Leningradi_Edasi_toimetus, lk 106
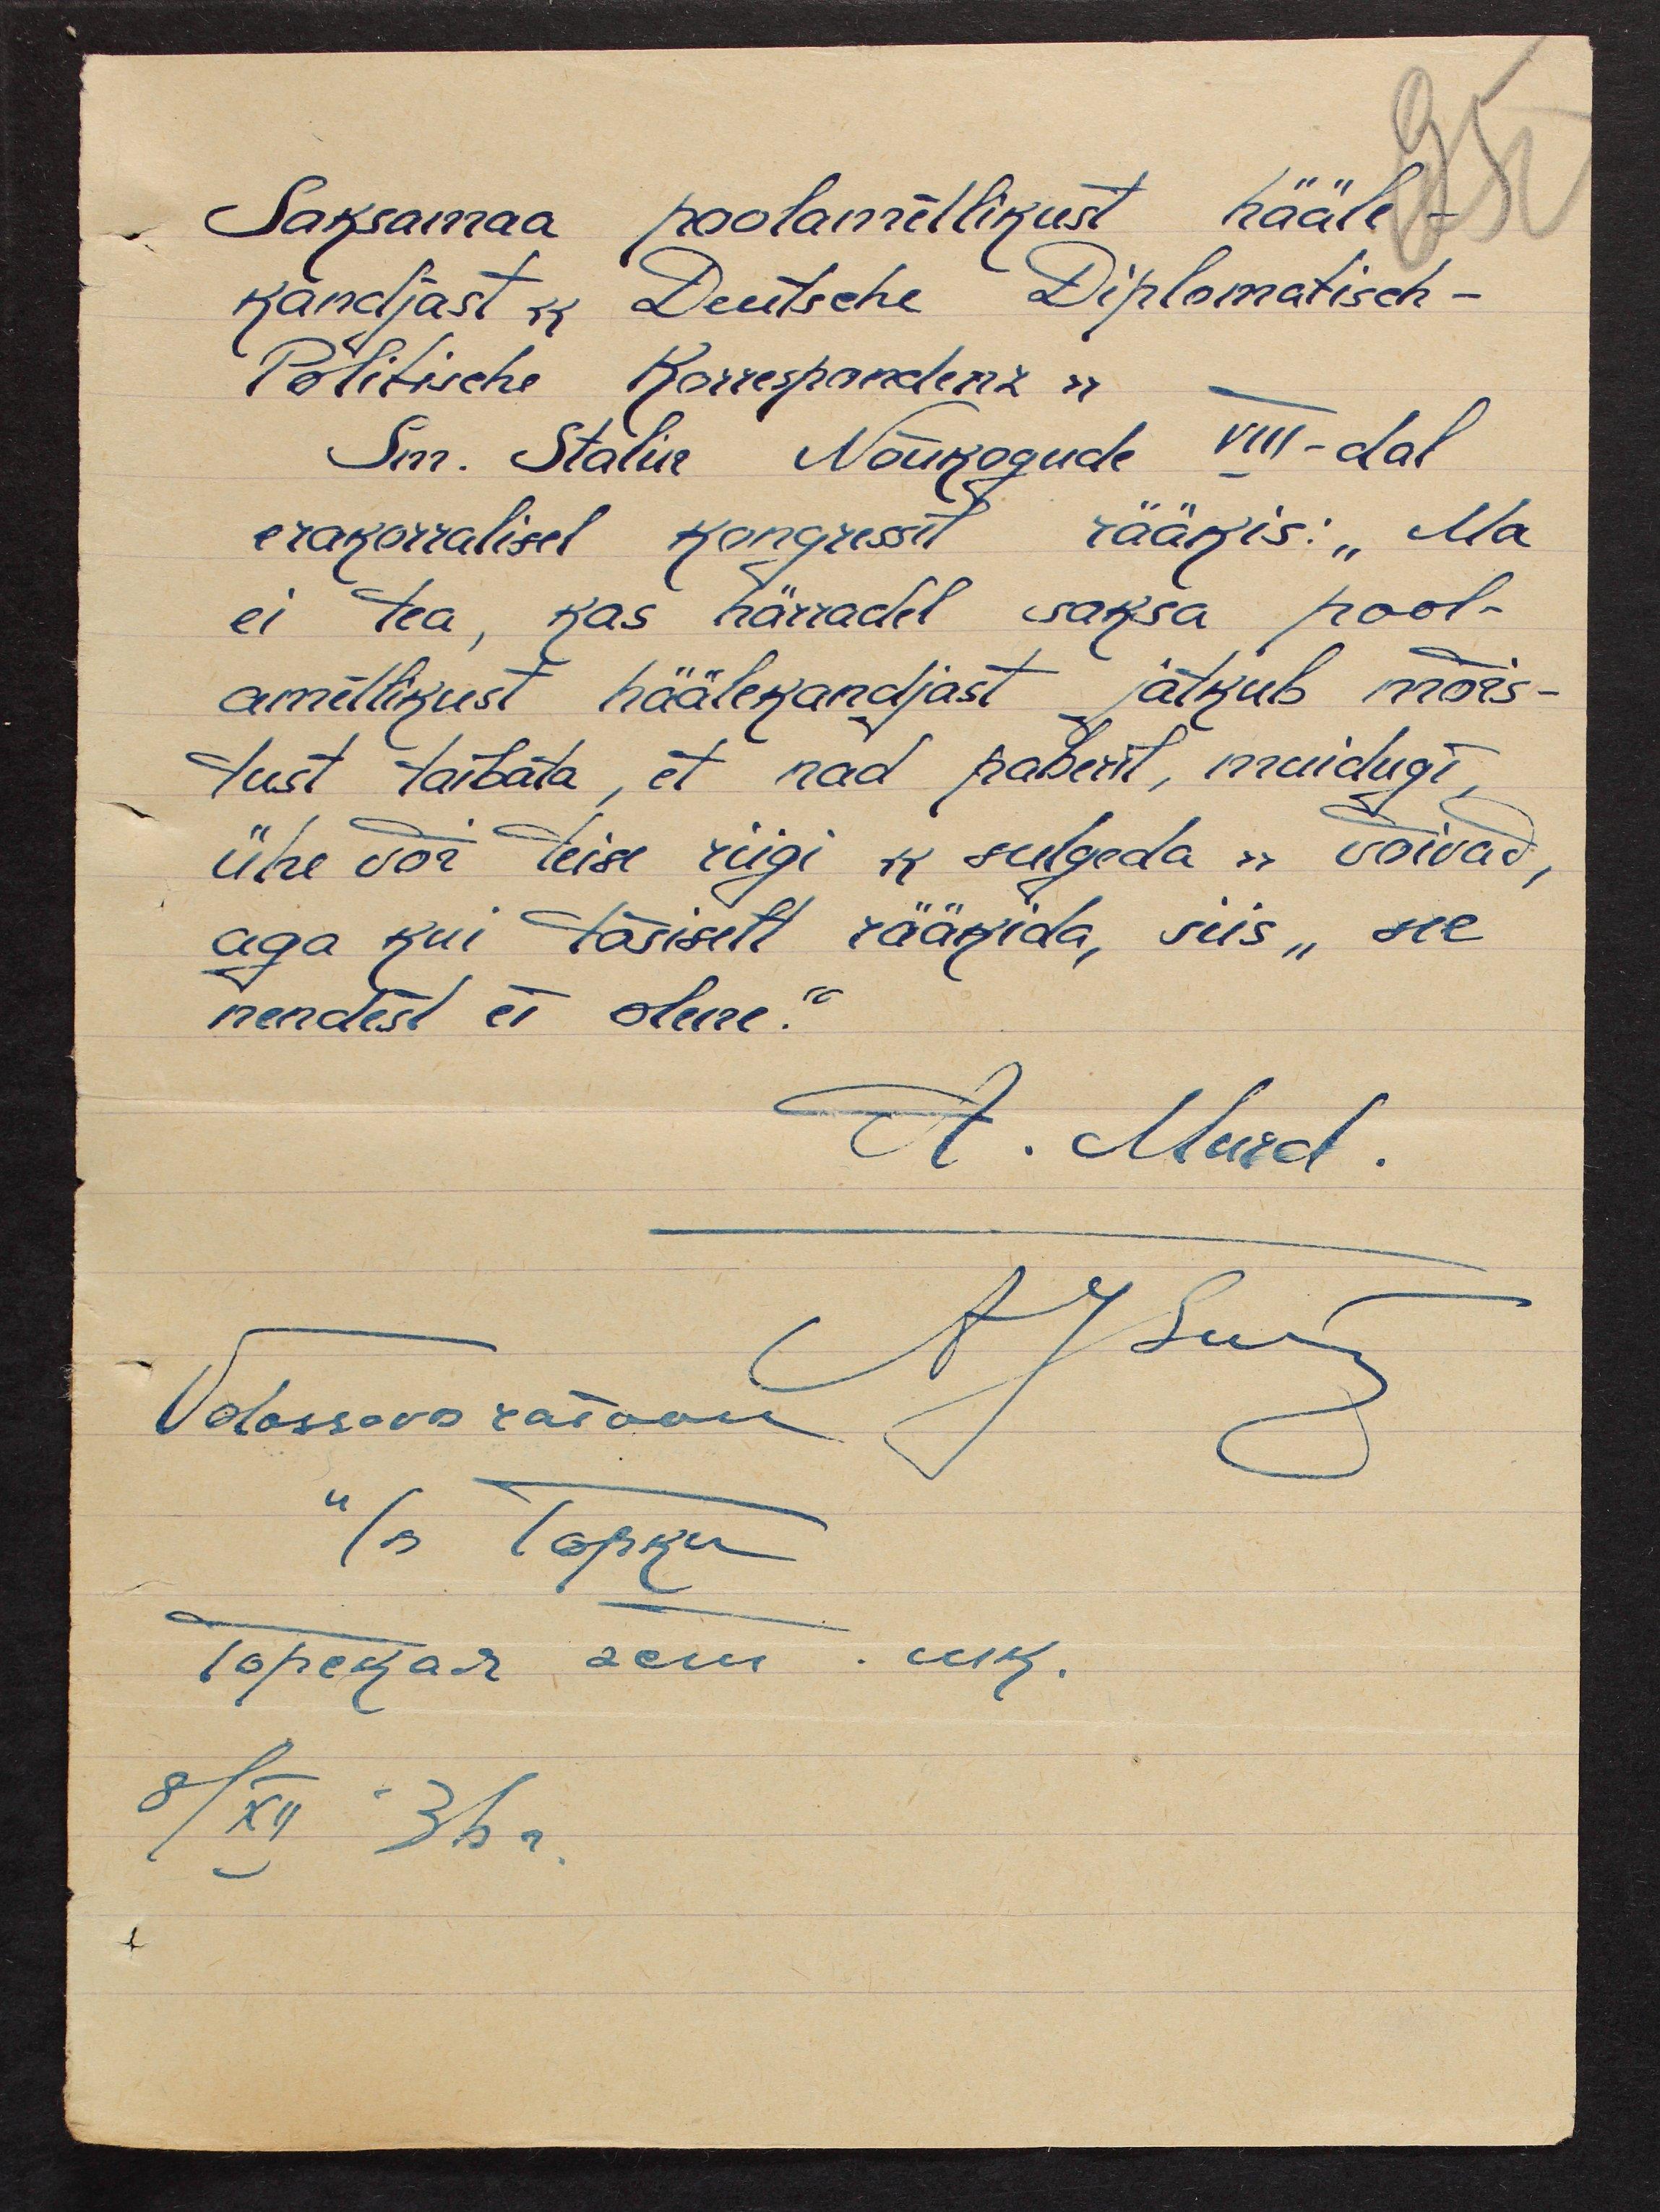
Saksamaa poolametlikust hääle-
kandjast "Deutsche Diplomatisch-
Politische Karrespondenz"
Sm. Stalin Nõukogude VIII-dal
erakorralisel kongressil rääkis: "Ma
ei tea, kas härradel saksa pool-
ametlikust häälekandjast jätkub mõis-
tust taibata, et nad paberil, muidugi
ühe või teise riigi "sulgeda„ võivad,
aga kui tõsiselt rääkida, siis "see
nendest ei olene.“
A. Murd.
Volossoovo raioon AJSuid
Volossova raioon
8/XII 36 a.